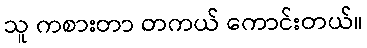
သူ ကစားတာ တကယ် ကောင်းတယ်။